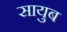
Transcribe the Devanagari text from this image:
सायुब